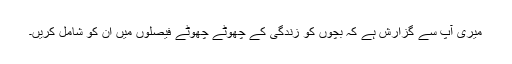
میری آپ سے گزارش ہے کہ بچوں کو زندگی کے چھوٹے چھوٹے فیصلوں میں ان کو شامل کریں۔